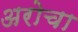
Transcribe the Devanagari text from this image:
अरोचा